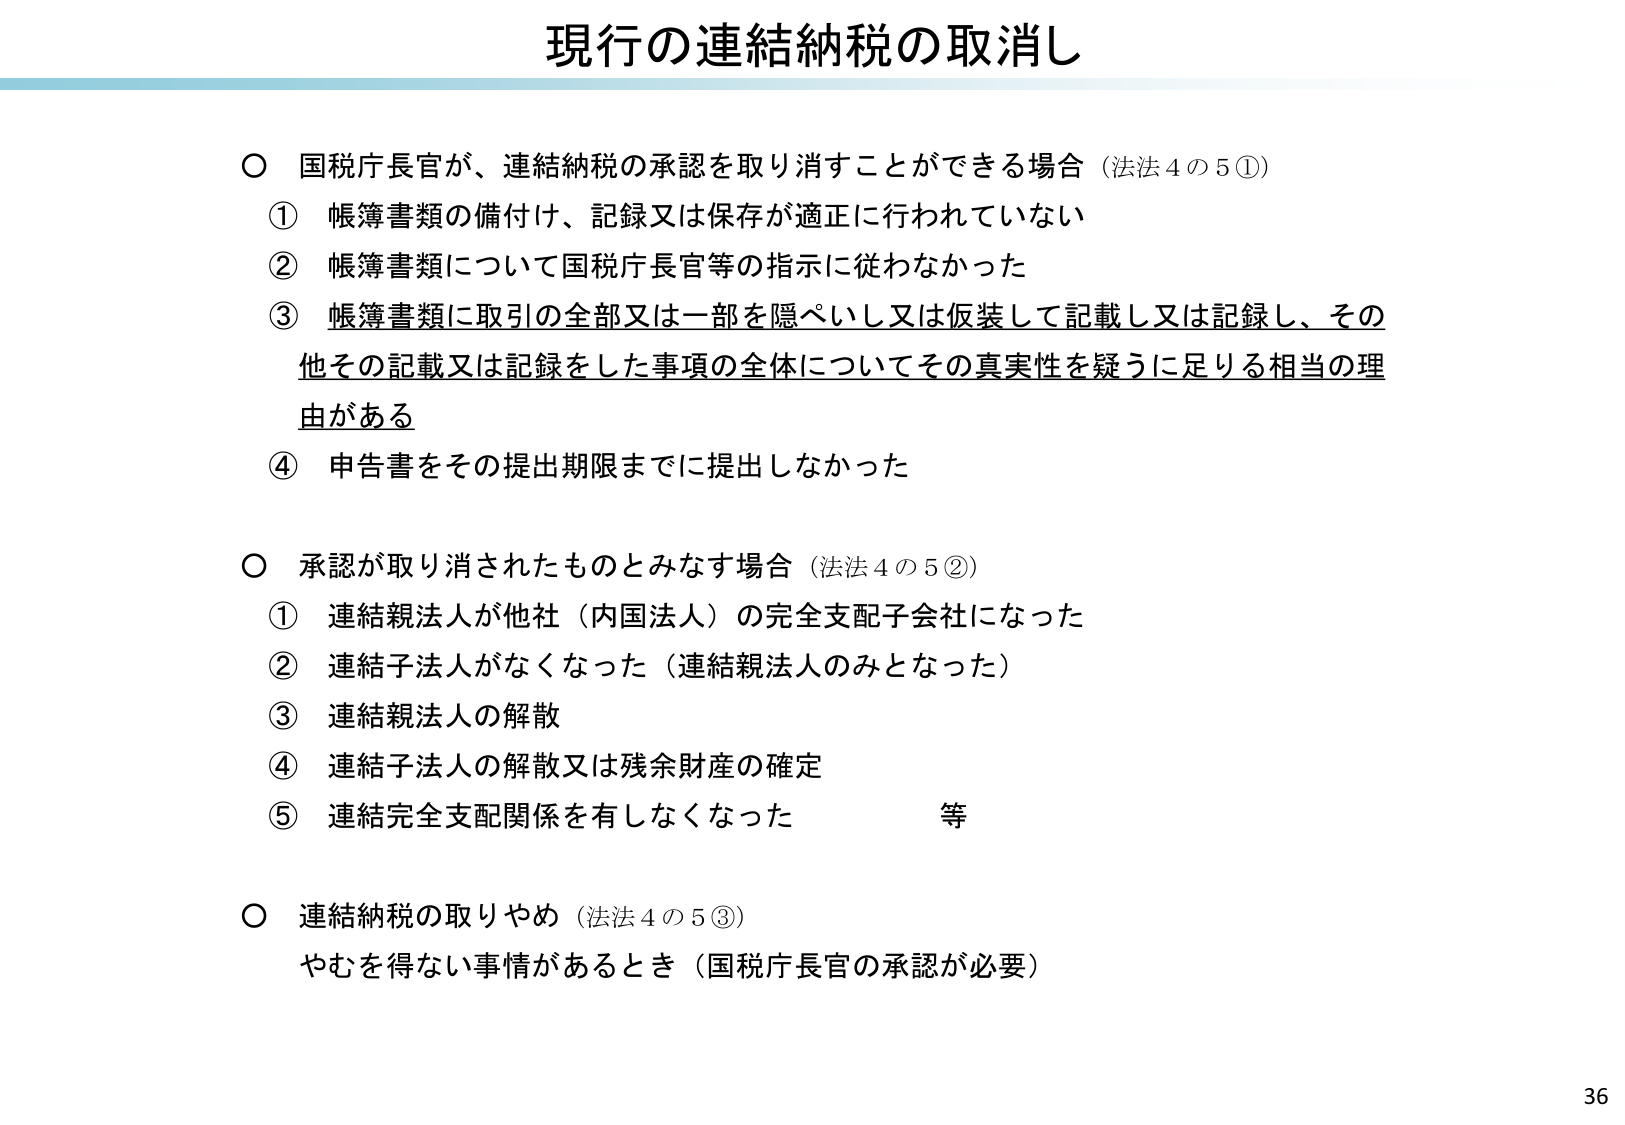
現行の連結納税の取消し

○ 国税庁長官が、連結納税の承認を取り消すことができる場合（法法４の５①）
　① 帳簿書類の備付け、記録又は保存が適正に行われていない
　② 帳簿書類について国税庁長官等の指示に従わなかった
　③ 帳簿書類に取引の全部又は一部を隠ぺいし又は仮装して記載し又は記録し、その他その記載又は記録をした事項の全体についてその真実性を疑うに足りる相当の理由がある
　④ 申告書をその提出期限までに提出しなかった

○ 承認が取り消されたものとみなす場合（法法４の５②）
　① 連結親法人が他社（内国法人）の完全支配子会社になった
　② 連結子法人がなくなった（連結親法人のみとなった）
　③ 連結親法人の解散
　④ 連結子法人の解散又は残余財産の確定
　⑤ 連結完全支配関係を有しなくなった　　　等

○ 連結納税の取りやめ（法法４の５③）
　やむを得ない事情があるとき（国税庁長官の承認が必要）

36